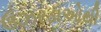
ઉઝરડાઓથી